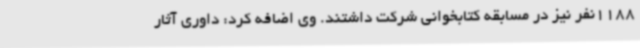
1188نفر نیز در مسابقه کتابخوانی شرکت داشتند. وی اضافه کرد: داوری آثار